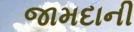
જામદાની